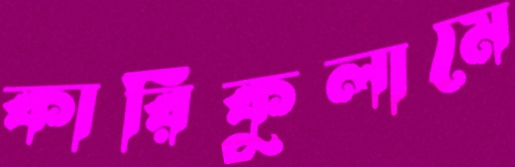
কারিকুলামে